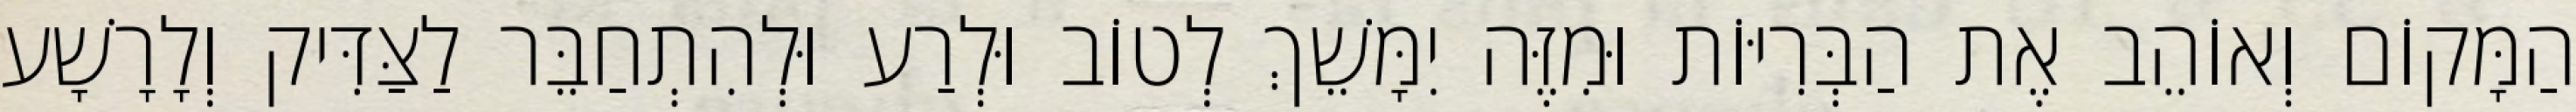
הַמָּקוֹם וְאוֹהֵב אֶת הַבְּרִיּוֹת וּמִזֶּה יִמָּשֵׁךְ לְטוֹב וּלְרַע וּלְהִתְחַבֵּר לַצַּדִּיק וְלָרָשָׁע